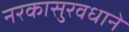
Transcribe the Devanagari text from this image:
नरकासुरवधाने